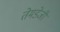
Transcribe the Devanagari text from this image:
तेमडेजी